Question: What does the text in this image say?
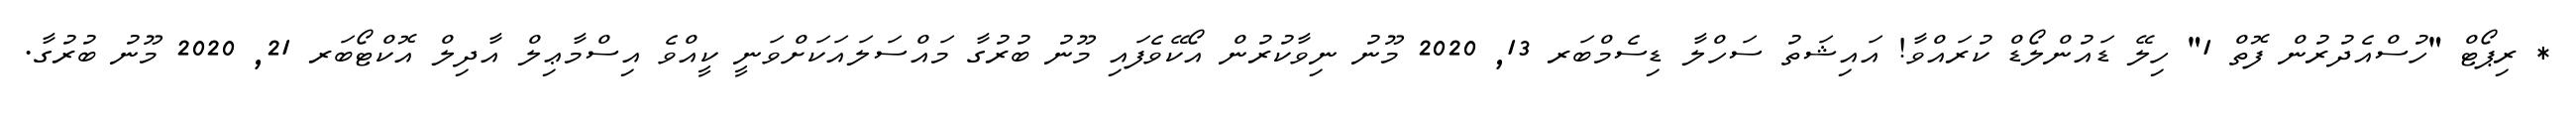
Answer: * ރިޕޯޓް "ހުސްއެދުރުން ފޮތް 1" ހިލޭ ޑައުންލޯޑް ކުރައްވާ! އައިޝަތު ސަހްލާ ޑިސެމްބަރ 13, 2020 މޫނު ނިވާކުރުން އޯކޭވެފައި މޫނު ބުރުގާ މައްސަލައަކަށްވަނީ ކީއްވެ އިސްމާޢިލް އާދިލް އޮކްޓޯބަރ 21, 2020 މޫނު ބުރުގާ.